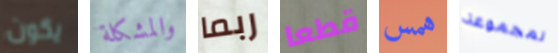
يكون والمشكلة ربما قطعا همس لمجموعة